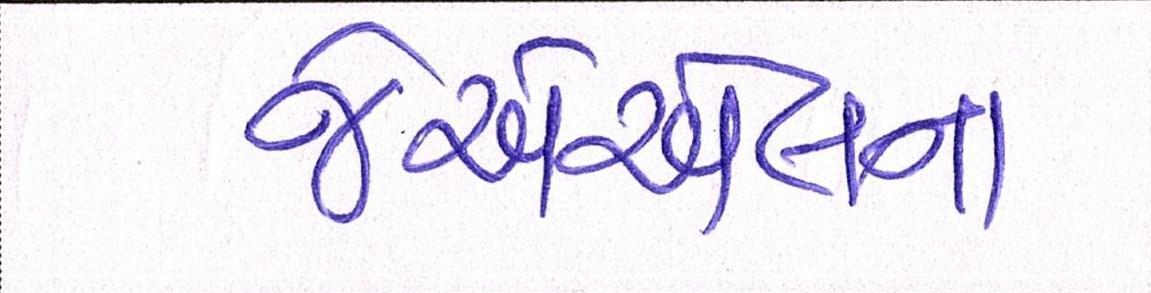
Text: જેએએલના